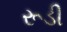
રૂડી